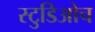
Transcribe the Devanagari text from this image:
स्टुडिओच